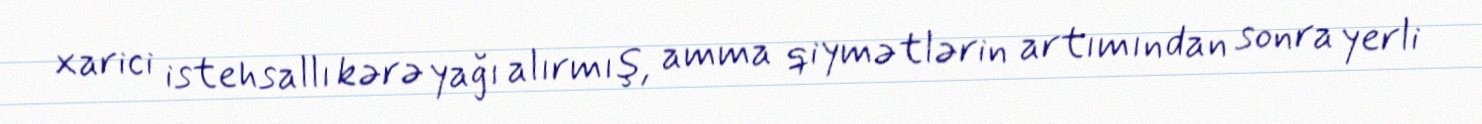
xarici istehsallı kərə yağı alırmış, amma qiymətlərin artımından sonra yerli